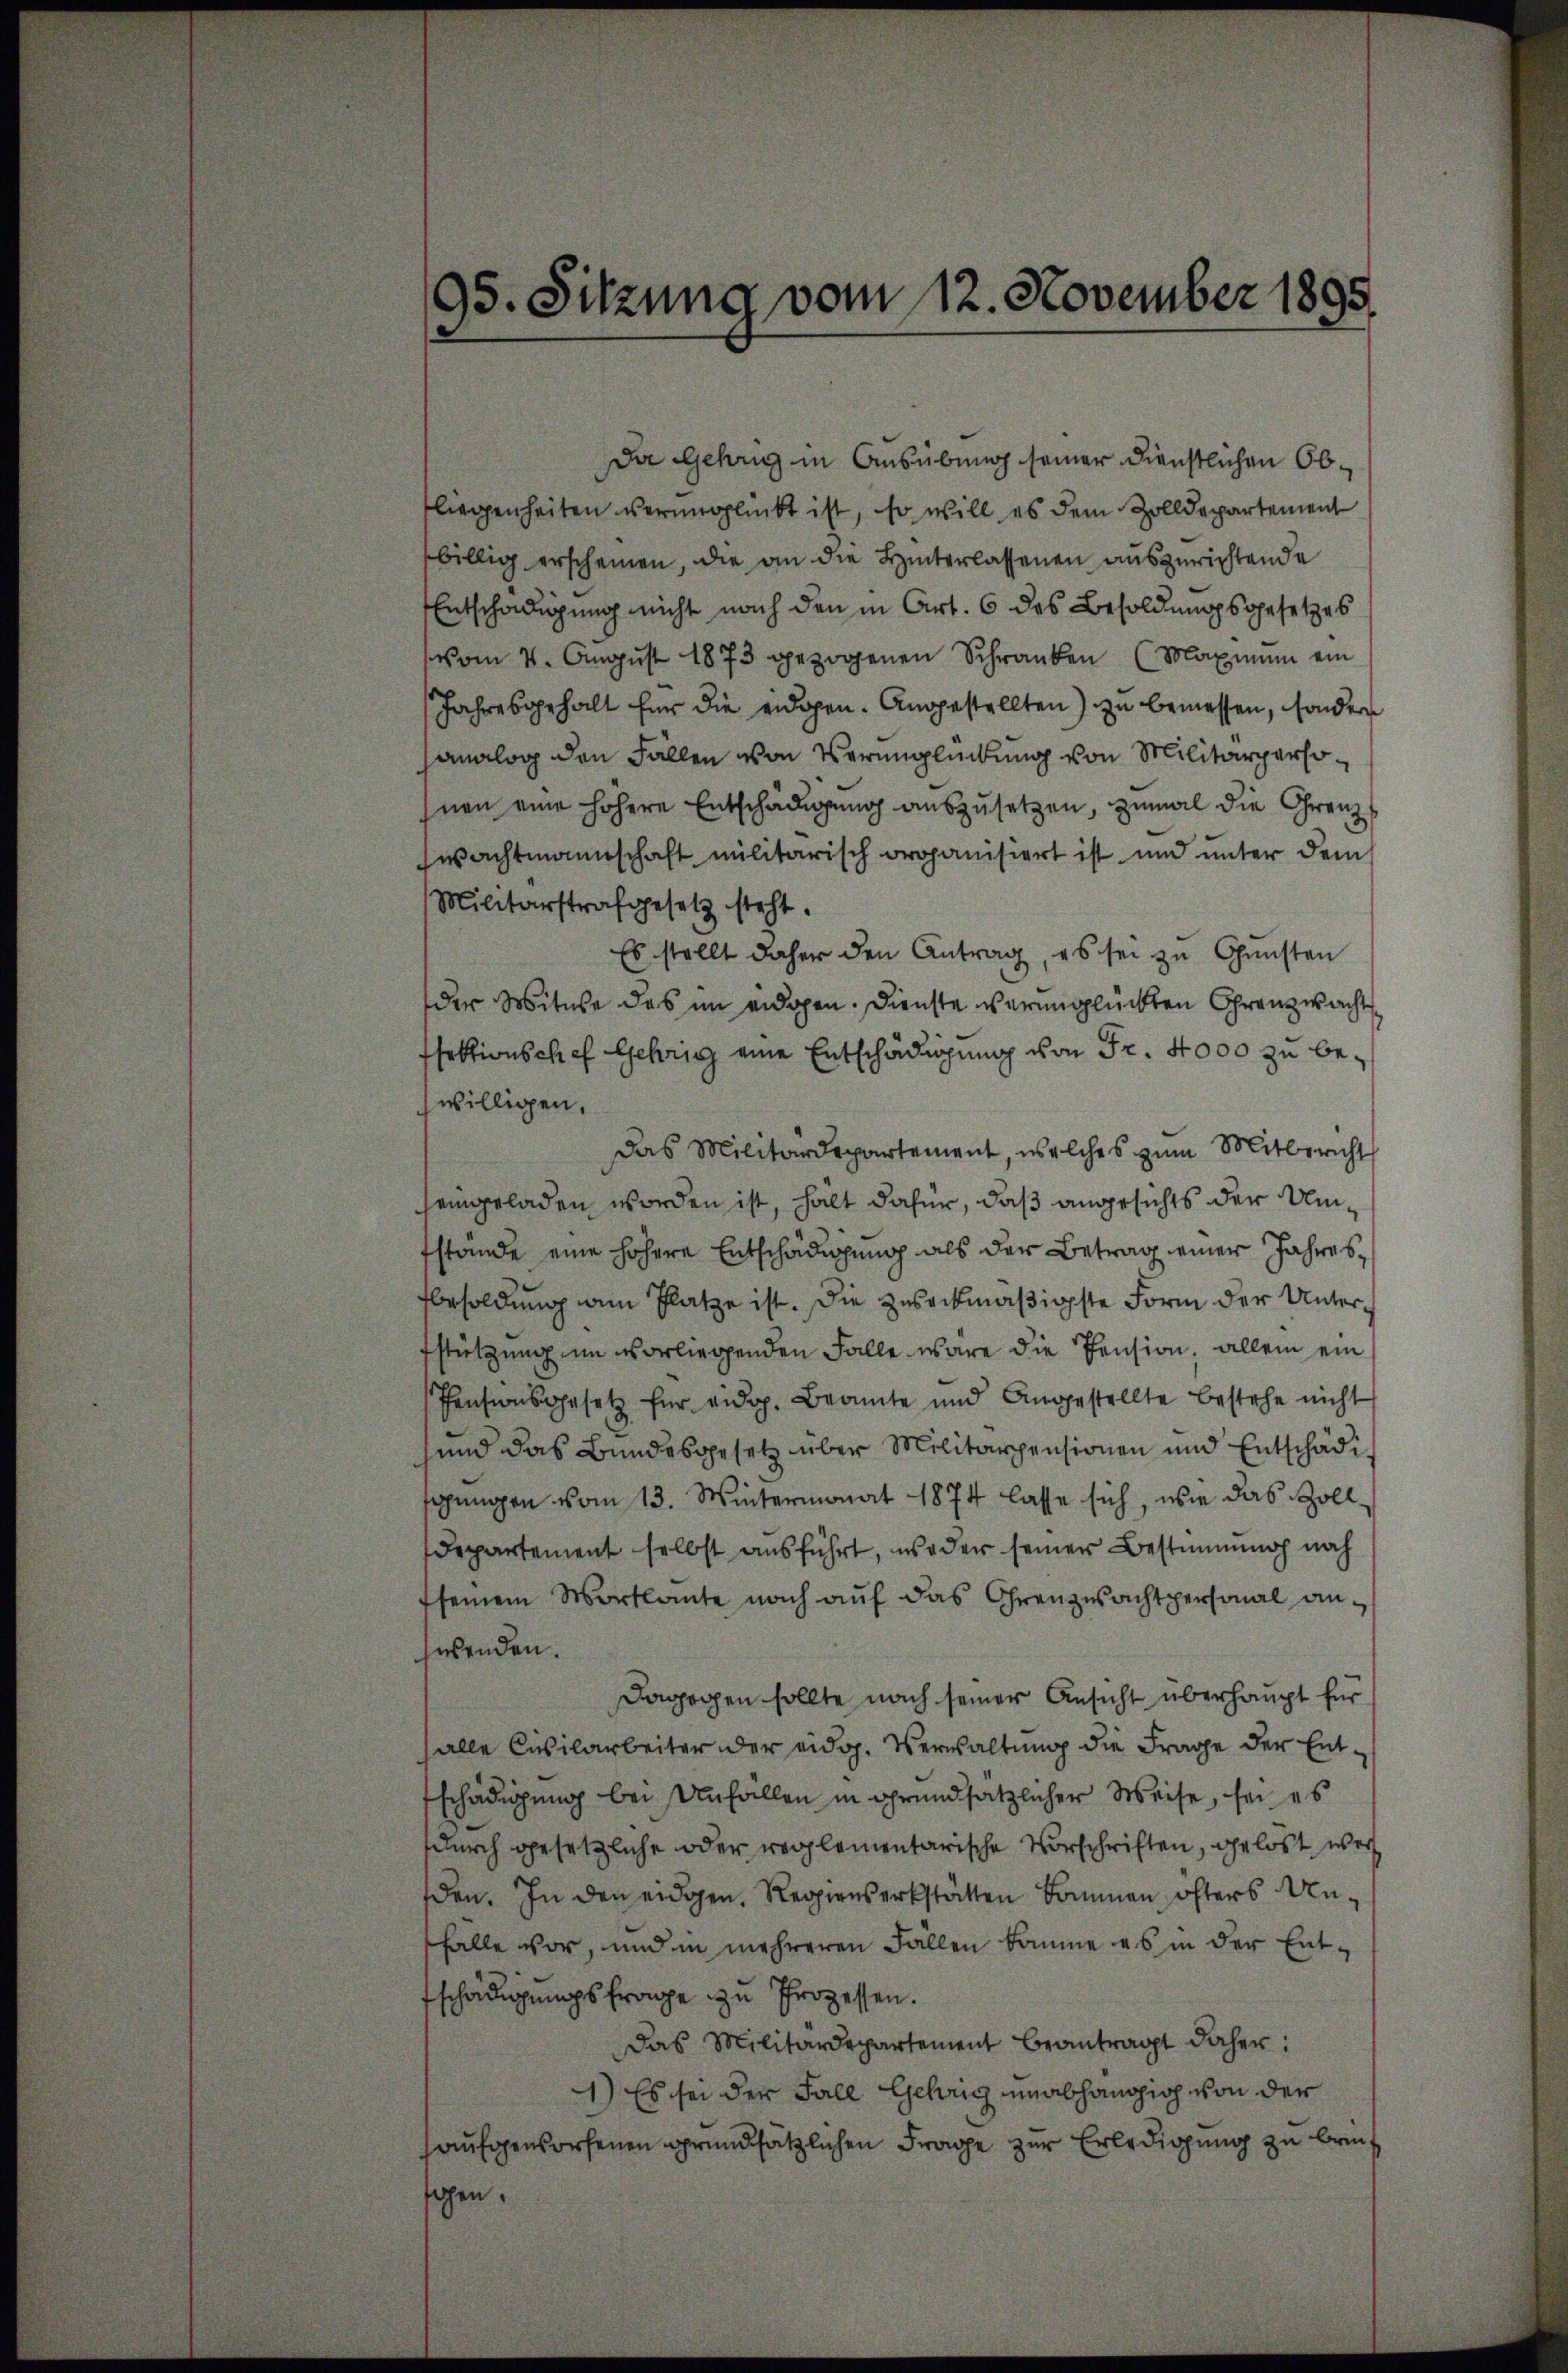
95. Sitzung vom 12. November 1895

Da Gehrig in Ausübung seiner dienstlichen Obfliegenheiten verunglückt ist, so will es dem Zolldepartement
billig erscheinen, die an die Hinterlassenen auszurichtende
Entschädigung nicht nach den in Art. 6 des Besoldungsgesetzes
vom 4. Aŭgŭst 1873 gezogenen Schranken (Maximŭm ein
Jahresgehalt für die eidgen. Augestellten) zu bemessen, sonder
analog den Fällen von Verunglückung von Militärpersonen eine höhere Entschädigung auszusetzen, zumal die Grenzwachtmannschaft militarisch organisiert ist und unter dem
Militärstrafgesetz steht.
Es stellt daher den Antrag, es sei zu Gunsten
der Mitte des im eidgen. Dienste verunglückten Grenzwacht
sektionschef Gehrig eine Entschädigung von Fr. 4000 zu bewilligen,
das Militärdepartement, welches zum Mitbericht
seingeladen worden ist, hält dafür, daß angesichts der Umtstande eine höhere Entschädigung als der Betrag einer Jahresbesoldung am Platze ist. Die zweckmäßigste Form der Unterfstützung im vorliegenden Falle wäre die Pension, allein ein
Pensionsgesetz für eidg. Beamte und Angestellte bestehe nicht
und das Bundesgesetz über Militärpensionen und Entschädi
sagungen vom 13. Wintermonat 1874 lasse sich, wie das Zoll¬
Departement selbst ausführt, weder seiner Bestimmung noch
seinem Wortlaute nach auf das Ohrenzwachtpersonal answenden.
Dagegen sollte nach seiner Ansicht überhaupt für
alle Civilarbeiter der eidg. Verwaltung die Frage der Entschädigung bei Anfallen in grundsätzlicher Weise, sei es
durch gesetzliche oder reglementarische Vorschriften, gelöst wer
den. In den eidgen. Regienserkstätten kommen, öfters Unfalle vor, und in mehreren Fällen komme es in der Entschädigungsfrage zu Prozessen.
Das Militärdepartement beantragt daher:
1) Es sei der Fall Gehrig unabhandsich von der
aufgeworfenen grundsätzlichen Frage zur Erledigung zu breit
sahen.